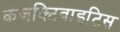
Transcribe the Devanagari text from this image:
कंजक्टिवाइटिस